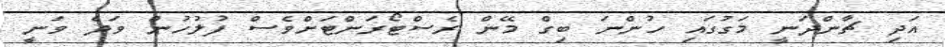
އަދި ޗާންދަނީ މަގުގައި ހުންނަ ބިގް މޭން ރެސްޓޯރަންޓަށްވެސް ފުލުހުން ވަދެ ވަނީ